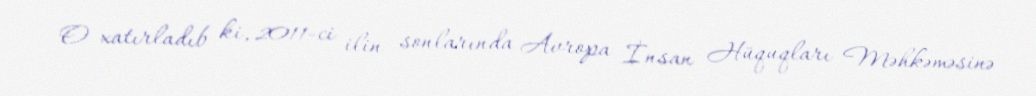
O xatırladıb ki, 2011-ci ilin sonlarında Avropa İnsan Hüquqları Məhkəməsinə